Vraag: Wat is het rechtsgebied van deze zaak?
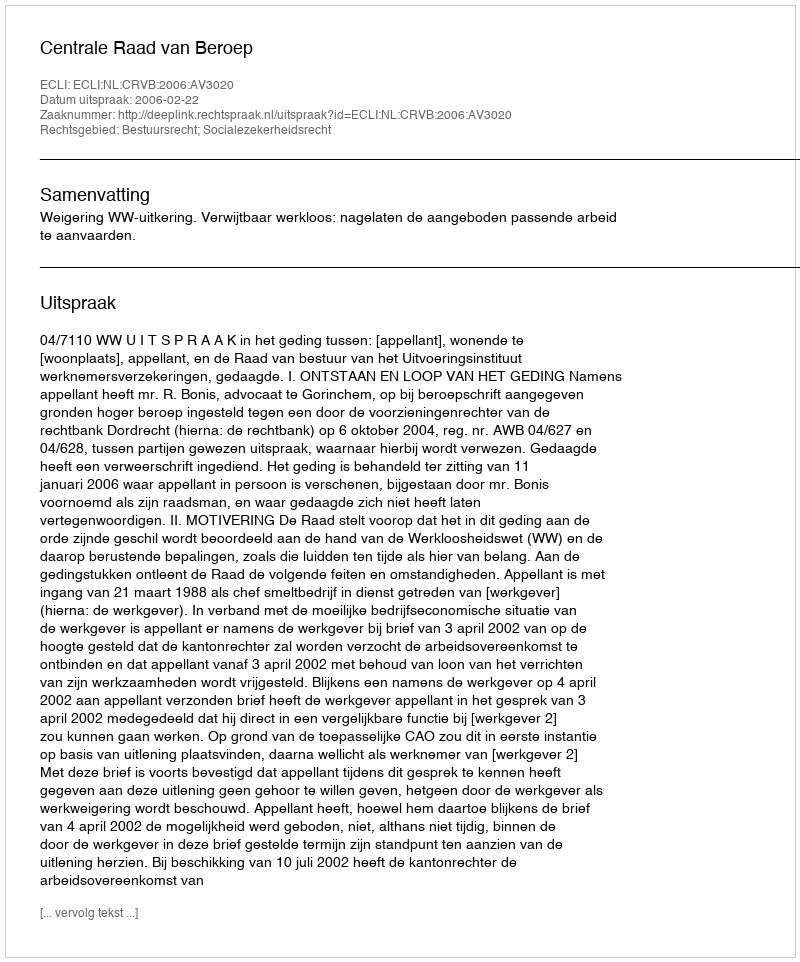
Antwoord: Bestuursrecht; Socialezekerheidsrecht